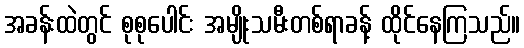
အခန်းထဲတွင် စုစုပေါင်း အမျိုးသမီးတစ်ရာခန့် ထိုင်နေကြသည်။